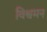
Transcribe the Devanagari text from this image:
विश्वमन